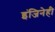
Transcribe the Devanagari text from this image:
इंजिनेही